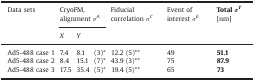
| <ROWSPAN=2> Data sets | <COLSPAN=3> CryoFM, alignment σA | <ROWSPAN=2> Fiducial correlation σC | <ROWSPAN=2> Event of interest σE | <ROWSPAN=2> TotalσT [nm] |
 | X | Y |  |
 | --- | --- | --- | --- | --- | --- | --- |
 | Ad5-488 case 1 | 7.4 | 8.1 | (3)* | 12.2 (5)** | 49 | 51.1 |
 | Ad5-488 case 2 | 8.4 | 15.1 | (7)* | 43.9 (3)** | 75 | 87.9 |
 | Ad5-488 case 3 | 17.5 | 35.4 | (5)* | 19.4 (5)** | 65 | 73 |